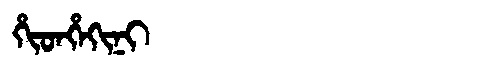
Manchu: ᡥᡳᡨᡥᡝᡴᡳᠨᡳ
Romanization: HITHEKINI